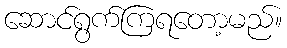
ဆောင်ရွက်ကြရတော့မည်။